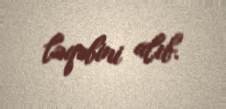
ləqəbini alıb.